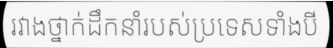
រវាងថ្នាក់ដឹកនាំរបស់ប្រទេសទាំងបី